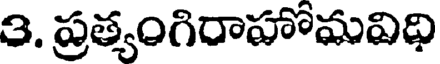
3. ప్రత్యంగిరాహోమవిధి